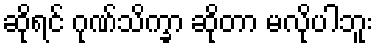
ဆိုရင် ဂုဏ်သိက္ခာ ဆိုတာ မလိုပါဘူး